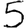
Digit: 5